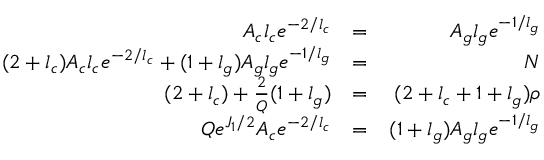
\begin{array} { r l r } { A _ { c } l _ { c } e ^ { - 2 / l _ { c } } } & { = } & { A _ { g } l _ { g } e ^ { - 1 / l _ { g } } } \\ { ( 2 + l _ { c } ) A _ { c } l _ { c } e ^ { - 2 / l _ { c } } + ( 1 + l _ { g } ) A _ { g } l _ { g } e ^ { - 1 / l _ { g } } } & { = } & { N } \\ { ( 2 + l _ { c } ) + \frac { 2 } { Q } ( 1 + l _ { g } ) } & { = } & { ( 2 + l _ { c } + 1 + l _ { g } ) \rho } \\ { Q e ^ { J _ { 1 } / 2 } A _ { c } e ^ { - 2 / l _ { c } } } & { = } & { ( 1 + l _ { g } ) A _ { g } l _ { g } e ^ { - 1 / l _ { g } } } \end{array}